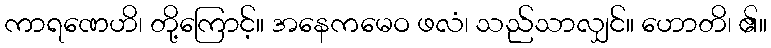
ကာရဏေဟိ၊ တို့ကြောင့်။ အနေကမေဝ ဖလံ၊ သည်သာလျှင်။ ဟောတိ၊ ၏။